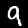
Digit: 9